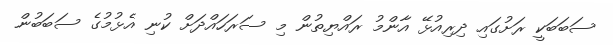
ސަބަބަކީ ރަށުގައި ދިރިއުޅޭ އާންމު ރައްޔިތުން މި ސަރަހައްދަށް ކުނި އެޅުމުގެ ސަބަބުން